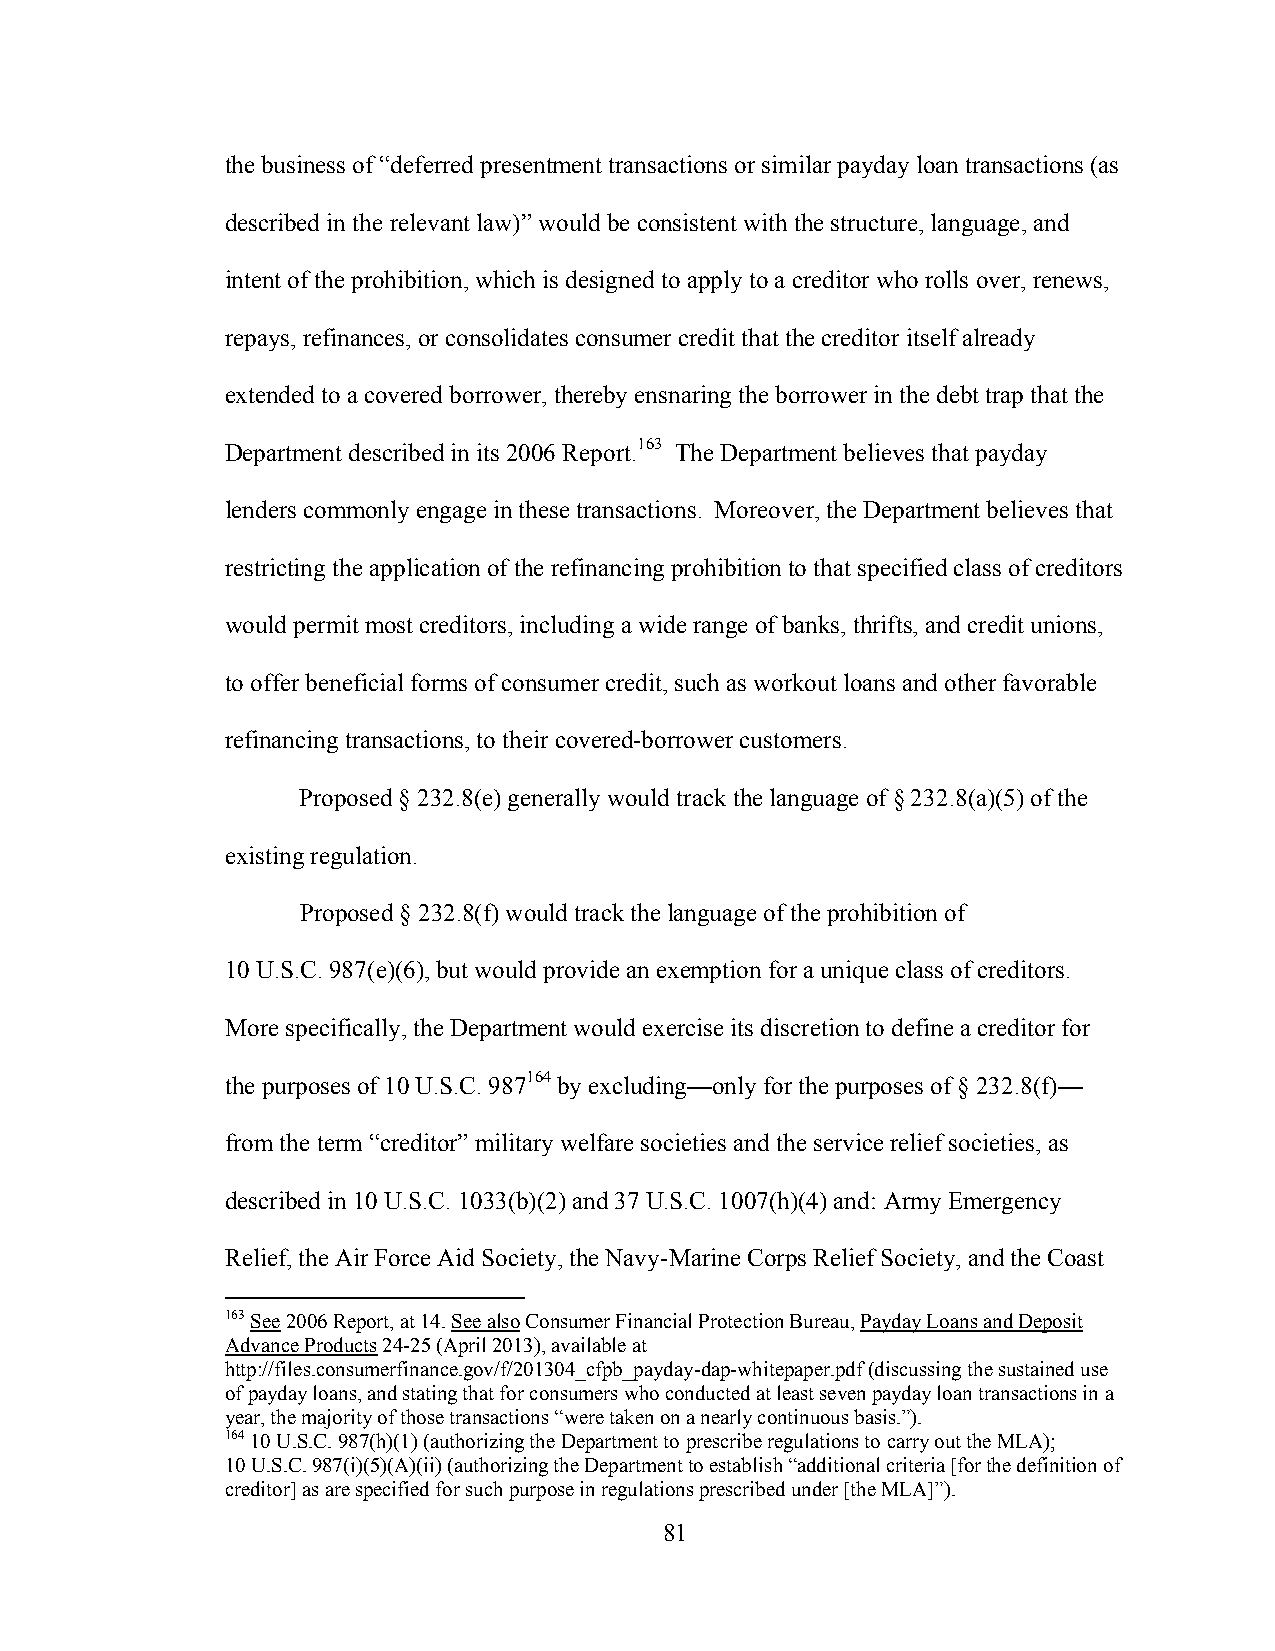
the business of “deferred presentment transactions or similar payday loan transactions (as
 described in the relevant law)” would be consistent with the structure, language, and
 intent of the prohibition, which is designed to apply to a creditor who rolls over, renews,
 repays, refinances, or consolidates consumer credit that the creditor itself already
 extended to a covered borrower, thereby ensnaring the borrower in the debt trap that the
 Department described in its 2006 Report.163 The Department believes that payday
 lenders commonly engage in these transactions. Moreover, the Department believes that
 restricting the application of the refinancing prohibition to that specified class of creditors
 would permit most creditors, including a wide range of banks, thrifts, and credit unions,
 to offer beneficial forms of consumer credit, such as workout loans and other favorable
 refinancing transactions, to their covered-borrower customers.
 Proposed § 232.8(e) generally would track the language of § 232.8(a)(5) of the
 existing regulation.
 Proposed § 232.8(f) would track the language of the prohibition of
 10 U.S.C. 987(e)(6), but would provide an exemption for a unique class of creditors.
 More specifically, the Department would exercise its discretion to define a creditor for
 the purposes of 10 U.S.C. 987164 by excluding—only for the purposes of § 232.8(f)—
 from the term “creditor” military welfare societies and the service relief societies, as
 described in 10 U.S.C. 1033(b)(2) and 37 U.S.C. 1007(h)(4) and: Army Emergency
 Relief, the Air Force Aid Society, the Navy-Marine Corps Relief Society, and the Coast
 163 See 2006 Report, at 14. See also Consumer Financial Protection Bureau, Payday Loans and Deposit
 Advance Products 24-25 (April 2013), available at
 http://files.consumerfinance.gov/f/201304_cfpb_payday-dap-whitepaper.pdf (discussing the sustained use
 of payday loans, and stating that for consumers who conducted at least seven payday loan transactions in a
 year, the majority of those transactions “were taken on a nearly continuous basis.”).
 164 10 U.S.C. 987(h)(1) (authorizing the Department to prescribe regulations to carry out the MLA);
 10 U.S.C. 987(i)(5)(A)(ii) (authorizing the Department to establish “additional criteria [for the definition of
 creditor] as are specified for such purpose in regulations prescribed under [the MLA]”).
 81